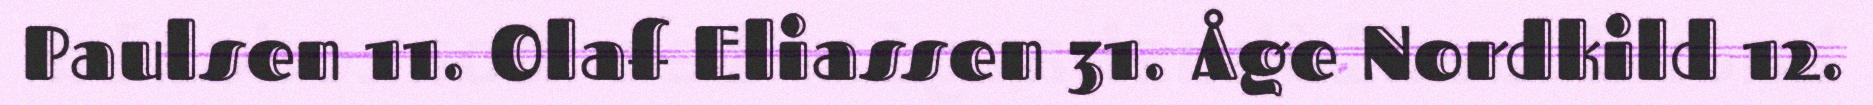
Paulsen 11. Olaf Eliassen 31. Åge Nordkild 12.